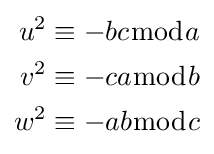
{\begin{aligned}u^{2}&\equiv -bc{\bmod {a}}\\v^{2}&\equiv -ca{\bmod {b}}\\w^{2}&\equiv -ab{\bmod {c}}\end{aligned}}